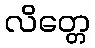
လိတ္တေ